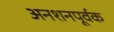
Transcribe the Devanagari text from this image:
अनशनपूर्वक